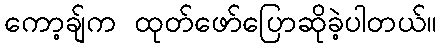
ကော့ချ်က ထုတ်ဖော်ပြောဆိုခဲ့ပါတယ်။